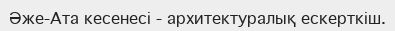
Әже-Ата кесенесі - архитектуралық ескерткіш.